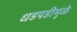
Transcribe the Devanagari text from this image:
धडपडीमुळे